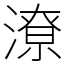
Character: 潦